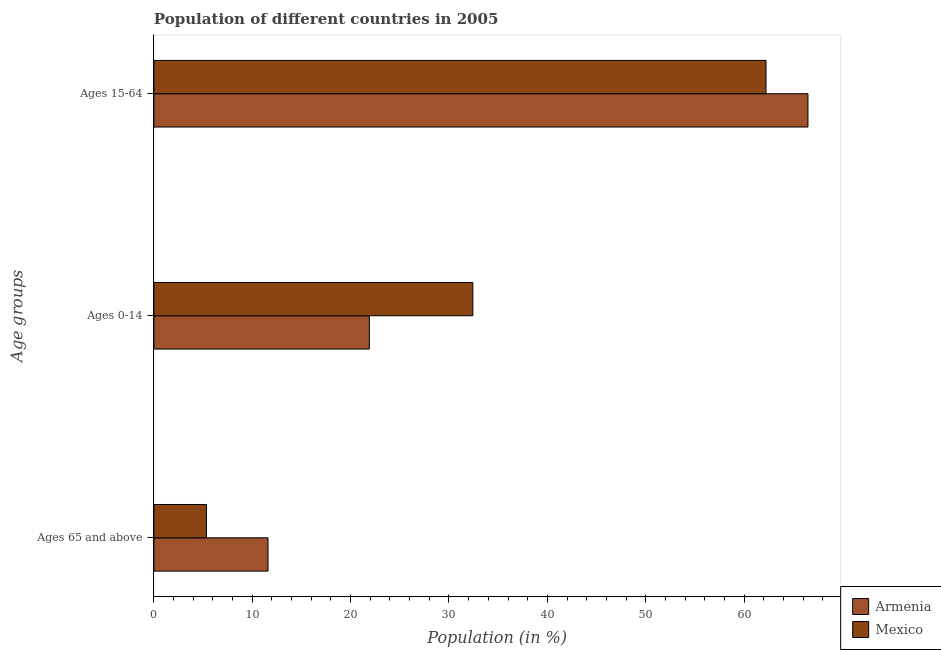
| Age groups | Armenia | Mexico |
 | --- | --- | --- |
 | Ages 65 and above | 11.6 | 5.34 |
 | Ages 0-14 | 21.9 | 32.4 |
 | Ages 15-64 | 66.5 | 62.2 |